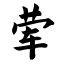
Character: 荤